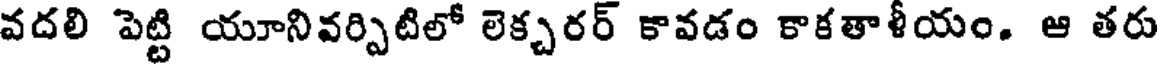
వదలి పెట్టి యూనివర్పిటిలో లెక్చరర్ కావడం కాకతాళీయం. ఆ తరు